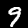
Digit: 9